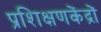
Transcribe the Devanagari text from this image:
प्रशिक्षणकेंद्रों